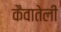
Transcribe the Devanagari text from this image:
कैवातेली